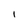
Character: 1